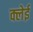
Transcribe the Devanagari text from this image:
क्लेई